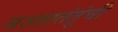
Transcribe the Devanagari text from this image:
मज्जातंतूंची